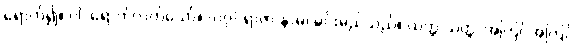
ရောက်၍။ ဝါ၊ ရောက်လတ်သော်။ {၀၇} ရာဇာ နာမ၊ မင်းမည်သည်။ ယတ္ထ ယတ္ထ၊ အကြင်အကြင်